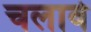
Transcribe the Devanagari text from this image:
चलावे